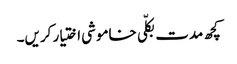
کچھ مدت بکلّی خاموشی اختیار کریں۔